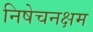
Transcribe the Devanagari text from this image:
निषेचनक्षम